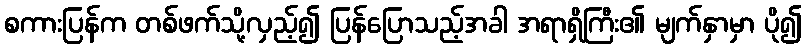
စကားပြန်က တစ်ဖက်သို့လှည့်၍ ပြန်ပြောသည့်အခါ အရာရှိကြီး၏ မျက်နှာမှာ ပို၍